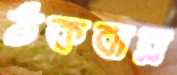
ঠকবার